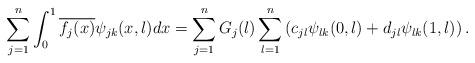
LaTeX: \begin{align*} \sum_{j=1}^n\int_0^1 \overline{f_j(x)} \psi_{jk}(x,\l) dx = \sum_{j=1}^n G_j(\l) \sum_{l=1}^n \left(c_{jl} \psi_{lk}(0,\l) + d_{jl} \psi_{lk}(1,\l)\right).\end{align*}